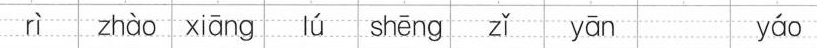
rì zhào xiāng lú shēng zǐ yan yao